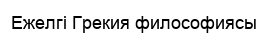
Ежелгі Грекия философиясы